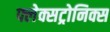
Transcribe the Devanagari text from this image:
फ्लेक्सट्रोनिक्स